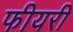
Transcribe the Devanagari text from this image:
फीयरी